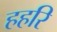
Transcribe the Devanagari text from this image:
हहरि